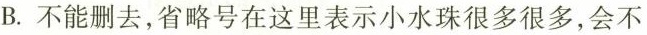
B.不能删去，省略号在这里表示小水珠很多很多，会不